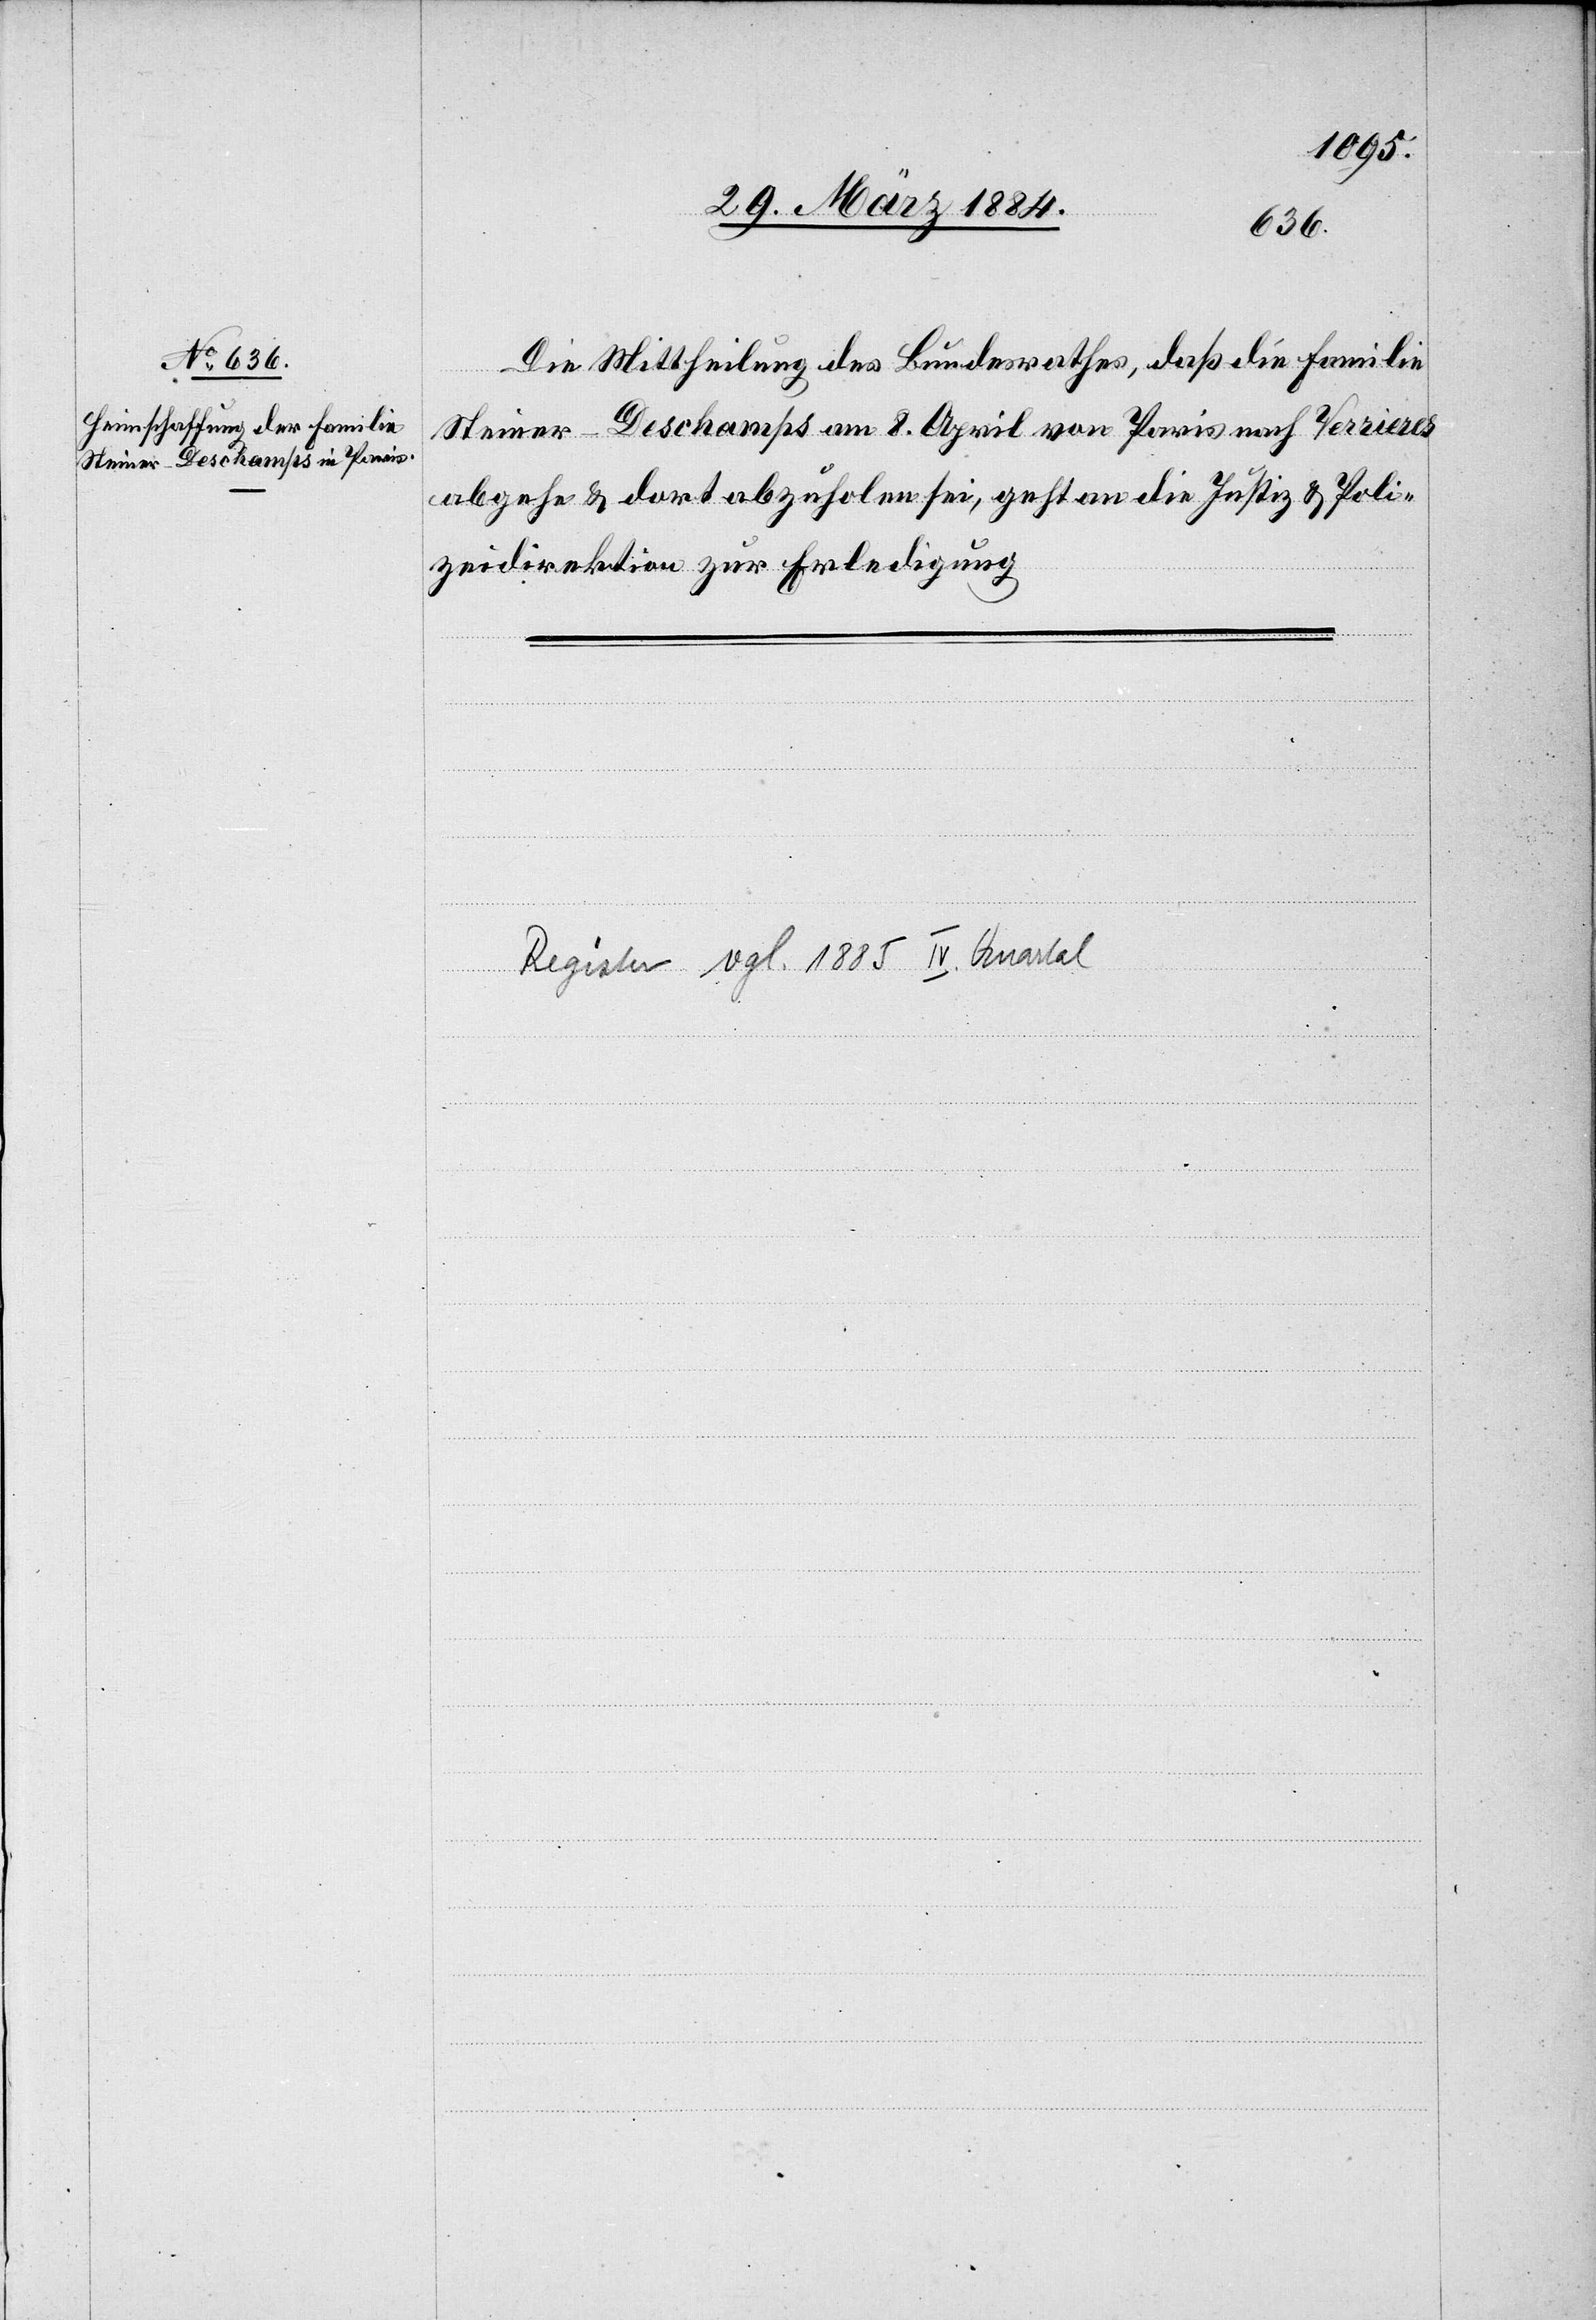
Die Mittheilung des Bundesrathes, daß die Familie
Steiner-Deschamps am 8. April von Paris nach Verrieres
abgehe & dort abzuholen sei, geht an die Justiz & Poli¬
zeidirektion zur Erledigung.